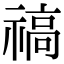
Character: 禞